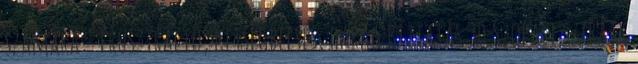
számára - frusztráció, kétségbeesés, harag Bíztatás 30 Szopási sztrájk